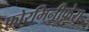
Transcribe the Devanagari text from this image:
फ़ोरमिनीफ़ेरा